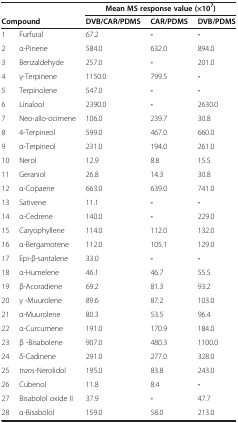
<table><thead><tr><td><b> </b></td><td><b> </b></td><td colspan="3"><b>Mean MS response value (×10<sup>7</sup>)</b></td></tr><tr><td colspan="2"><b>Compound</b></td><td><b>DVB/CAR/PDMS</b></td><td><b>CAR/PDMS</b></td><td><b>DVB/PDMS</b></td></tr></thead><tbody><tr><td>1</td><td>Furfural</td><td>67.2</td><td><b>-</b></td><td><b>-</b></td></tr><tr><td>2</td><td>α-Pinene</td><td>584.0</td><td>632.0</td><td>894.0</td></tr><tr><td>3</td><td>Benzaldehyde</td><td>257.0</td><td><b>-</b></td><td>201.0</td></tr><tr><td>4</td><td>γ-Terpinene</td><td>1150.0</td><td>799.5</td><td><b>-</b></td></tr><tr><td>5</td><td>Terpinolene</td><td>547.0</td><td><b>-</b></td><td><b>-</b></td></tr><tr><td>6</td><td>Linalool</td><td>2390.0</td><td><b>-</b></td><td>2630.0</td></tr><tr><td>7</td><td>Neo-allo-ocimene</td><td>106.0</td><td>239.7</td><td>30.8</td></tr><tr><td>8</td><td>4-Terpineol</td><td>599.0</td><td>467.0</td><td>660.0</td></tr><tr><td>9</td><td>α-Terpineol</td><td>231.0</td><td>194.0</td><td>261.0</td></tr><tr><td>10</td><td>Nerol</td><td>12.9</td><td>8.8</td><td>15.5</td></tr><tr><td>11</td><td>Geraniol</td><td>26.8</td><td>14.3</td><td>30.8</td></tr><tr><td>12</td><td>α-Copaene</td><td>663.0</td><td>639.0</td><td>741.0</td></tr><tr><td>13</td><td>Sativene</td><td>11.1</td><td><b>-</b></td><td><b>-</b></td></tr><tr><td>14</td><td>α-Cedrene</td><td>140.0</td><td><b>-</b></td><td>229.0</td></tr><tr><td>15</td><td>Caryophyllene</td><td>114.0</td><td>112.0</td><td>132.0</td></tr><tr><td>16</td><td>α-Bergamotene</td><td>112.0</td><td>105.1</td><td>129.0</td></tr><tr><td>17</td><td>Epi-β-santalene</td><td>33.0</td><td><b>-</b></td><td><b>-</b></td></tr><tr><td>18</td><td>α-Humelene</td><td>46.1</td><td>46.7</td><td>55.5</td></tr><tr><td>19</td><td>β-Acoradiene</td><td>69.2</td><td>81.3</td><td>93.2</td></tr><tr><td>20</td><td>γ -Muurolene</td><td>89.6</td><td>87.2</td><td>103.0</td></tr><tr><td>21</td><td>α-Muurolene</td><td>80.3</td><td>53.5</td><td>96.4</td></tr><tr><td>22</td><td>α-Curcumene</td><td>191.0</td><td>170.9</td><td>184.0</td></tr><tr><td>23</td><td>β -Bisabolene</td><td>907.0</td><td>480.3</td><td>1100.0</td></tr><tr><td>24</td><td>δ-Cadinene</td><td>291.0</td><td>277.0</td><td>328.0</td></tr><tr><td>25</td><td><i>trans</i>-Nerolidol</td><td>195.0</td><td>83.8</td><td>243.0</td></tr><tr><td>26</td><td>Cubenol</td><td>11.8</td><td>8.4</td><td><b>-</b></td></tr><tr><td>27</td><td>Bisabolol oxide II</td><td>37.9</td><td><b>-</b></td><td>47.7</td></tr><tr><td>28</td><td>α-Bisabolol</td><td>159.0</td><td>58.0</td><td>213.0</td></tr></tbody></table>